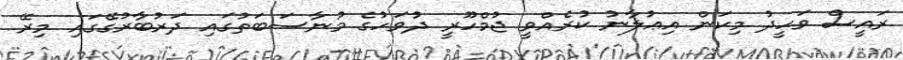
ރައީސް ވަހީދު މިކަން އިޢުލާނު ކުރެއްވީ ޖުމްހޫރީ ދުވަހުގެ މުނާސަބަތުގައި ދަރުބާރުގޭގައި މިރޭ